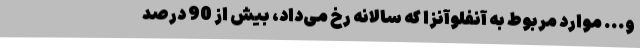
و... موارد مربوط به آنفلوآنزا که سالانه رخ می‌داد، بیش از 90 درصد